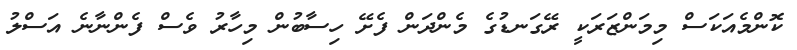
ކޮންމެއަކަސް މިމަންޒަރަކީ ރޭގަނޑުގެ މެންދަން ފެށޭ ހިސާބުން މިހާރު ވެސް ފެންނާނެ އަސްލު